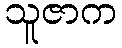
သူဇာက